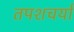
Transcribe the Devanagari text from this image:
तपशचर्या